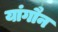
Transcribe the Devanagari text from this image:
यांगौन